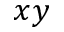
x y